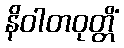
နိဝါတဝုတ္တိံ